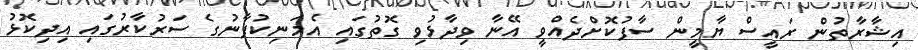
އިޝާރާތުން ރައީސް ޔާމީން ސާފުކޮށްދެއްވީ އޭނާ ވިދާޅުވި ގޮތުގައި އެމަނިކުފާނުގެ ސަރުކާރުގައި އިދިކޮޅު